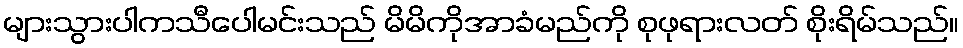
များသွားပါကသီပေါမင်းသည် မိမိကိုအာခံမည်ကို စုဖုရားလတ် စိုးရိမ်သည်။